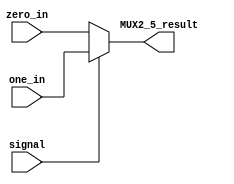
module MUX2_5(input [4:0]zero_in,one_in,
              input  signal,
              output [4:0] MUX2_5_result);
assign MUX2_5_result = signal==0?zero_in:one_in;

endmodule